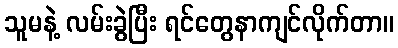
သူမနဲ့ လမ်းခွဲပြီး ရင်တွေနာကျင်လိုက်တာ။